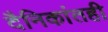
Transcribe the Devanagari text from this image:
दैनिकांतही